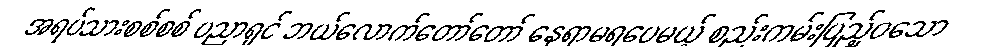
အရပ်သားစစ်စစ် ပညာရှင် ဘယ်လောက်တော်တော် နေရာမရပေမယ့် စည်းကမ်းပြည့်ဝသော